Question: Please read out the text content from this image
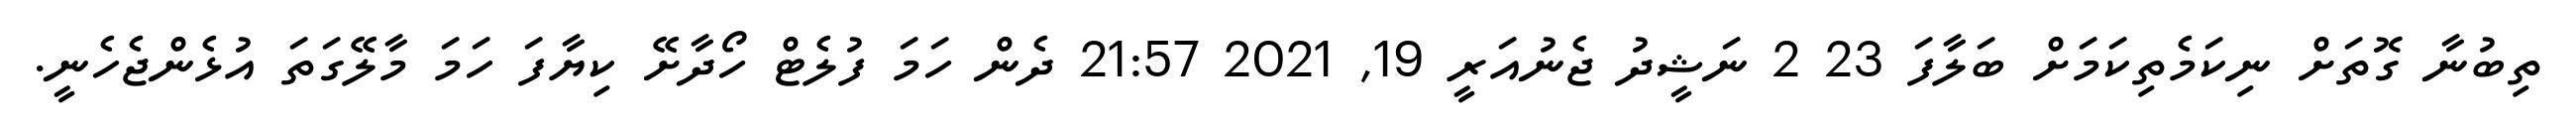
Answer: ތިބުނާ ގޮތަށް ނިކަމެތިކަމަށް ބަލާފަ 23 2 ނަޝީދު ޖެނުއަރީ 19, 2021 21:57 ދެން ހަމަ ފުލެޓް ހޯދާށޭ ކިޔާފަ ހަމަ މާލޭގަތަ އުޅެންޖެހެނީ.